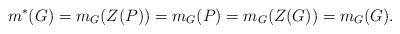
LaTeX: \begin{align*}m^*(G)=m_G(Z(P))=m_G(P)=m_G(Z(G))=m_G(G).\end{align*}